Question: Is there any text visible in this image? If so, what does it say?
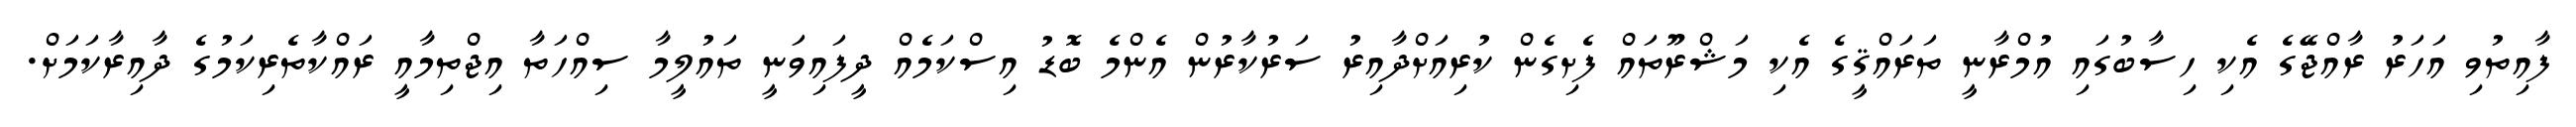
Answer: ފާއިތުވި އަހަރު ރާއްޖޭގެ އެކި ހިސާބުގައި އުމްރާނީ ތަރައްޤީގެ އެކި މަޝްރޫތައް ފެށިގެން ކުރިއަށްދާއިރު ސަރުކާރުން އެންމެ ބޮޑު އިސްކަމެއް ދީފައިވަނީ ތައުލީމާ ސިއްހަތާ އިޖްތިމާއީ ރައްކާތެރިކަމުގެ ދާއިރާކަމަށް.